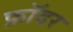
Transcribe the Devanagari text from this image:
फ़ॉदर